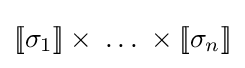
[\![\sigma _{1}]\!]\times \;\dots \;\times [\![\sigma _{n}]\!]